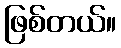
ဖြစ်တယ်။